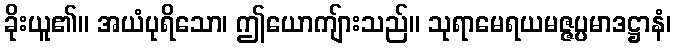
ခိုးယူ၏။ အယံပုရိသော၊ ဤယောကျ်ားသည်။ သုရာမေရယမဇ္ဇပ္ပမာဒဋ္ဌာနံ၊